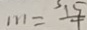
m = \frac { 1 5 } { 4 }